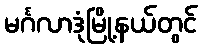
မင်္ဂလာဒုံမြို့နယ်တွင်